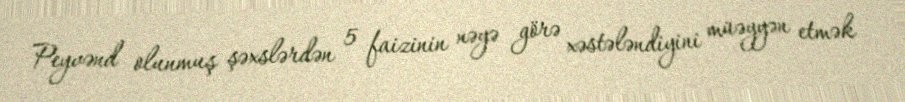
Peyvənd olunmuş şəxslərdən 5 faizinin nəyə görə xəstələndiyini müəyyən etmək